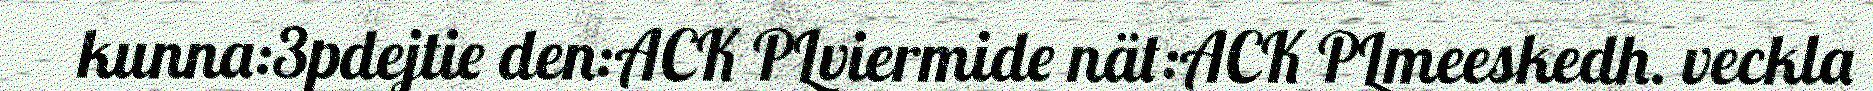
kunna:3pdejtie den:ACK PLviermide nät:ACK PLmeeskedh. veckla